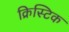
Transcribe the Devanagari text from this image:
क्रिस्टिक